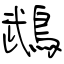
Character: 鵡